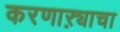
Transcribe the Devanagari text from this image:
करणाऱ्याचा